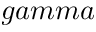
g a m m a